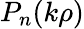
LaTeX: P_{n}(k\rho)